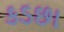
કડછા